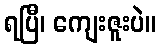
ရပြီ၊ ကျေးဇူးပဲ။